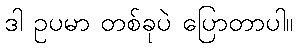
ဒါ ဥပမာ တစ်ခုပဲ ပြောတာပါ။